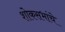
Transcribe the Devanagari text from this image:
शोकसभांचे